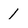
Character: 1